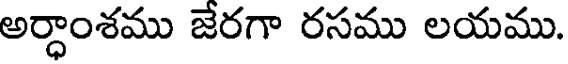
అర్ధాంశము జేరగా రసము లయము.